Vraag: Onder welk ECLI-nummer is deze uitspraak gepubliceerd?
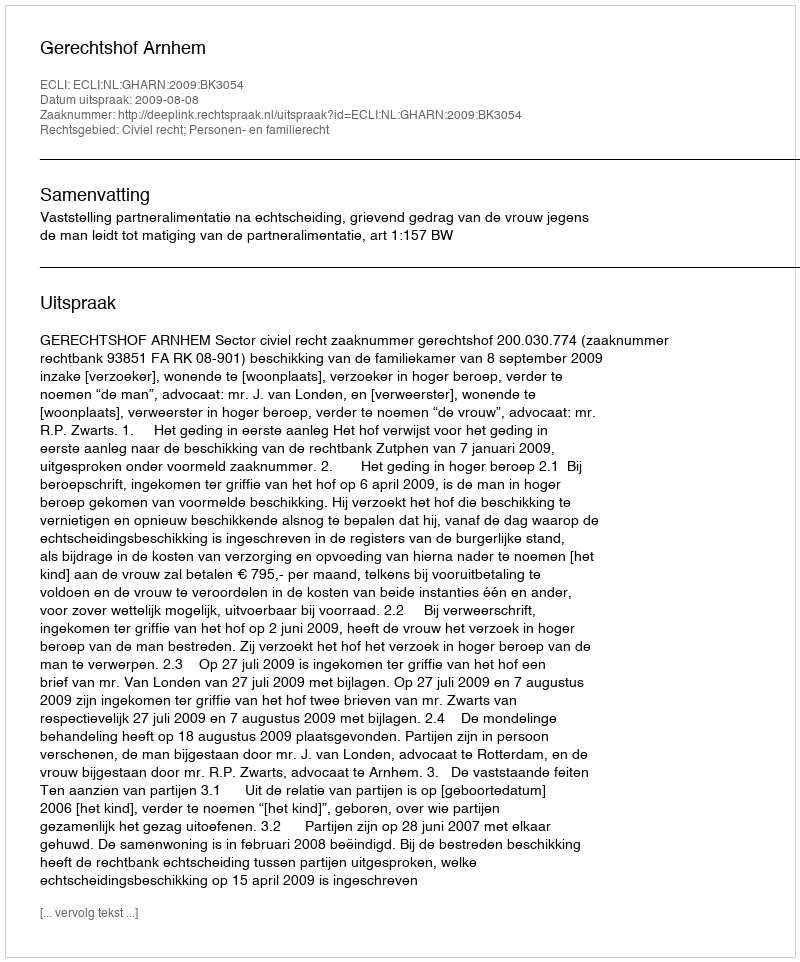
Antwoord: ECLI:NL:GHARN:2009:BK3054